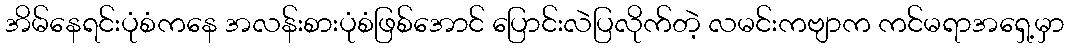
အိမ်နေရင်းပုံစံကနေ အလန်းစားပုံစံဖြစ်အောင် ပြောင်းလဲပြလိုက်တဲ့ လမင်းကဗျာက ကင်မရာအရှေ့မှာ